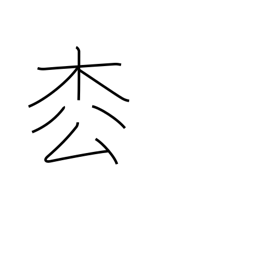
Meaning: fir tree